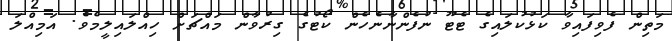
މަތިން ފެވިފައިވާ ކަޅުކުލައިގެ ޓެޓޫ ނުފެންނާނެހެން ކޯޓުގެ ގިރުވާން މައްޗަށް ހިއްލައިލީމެވެ. އަމިއްލަ